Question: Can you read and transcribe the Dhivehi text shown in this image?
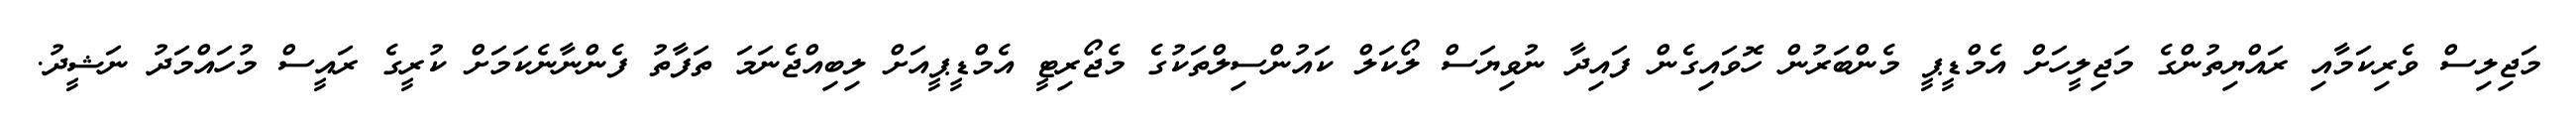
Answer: މަޖިލިސް ވެރިކަމާއި ރައްޔިތުންގެ މަޖިލީހަށް އެމްޑީޕީ މެންބަރުން ހޮވައިގެން ފައިދާ ނުވިޔަސް ލޯކަލް ކައުންސިލްތަކުގެ މެޖޯރިޓީ އެމްޑީޕީއަށް ލިބިއްޖެނަމަ ތަފާތު ފެންނާނެކަމަށް ކުރީގެ ރައީސް މުހައްމަދު ނަޝީދު.